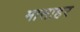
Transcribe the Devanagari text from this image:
मासाहर